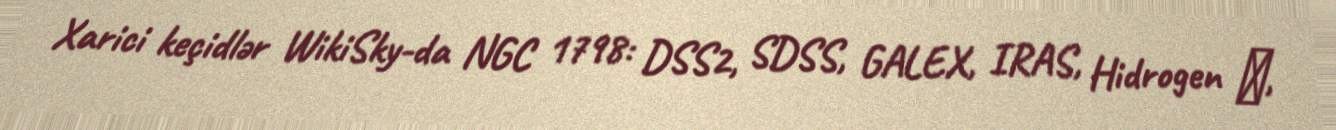
Xarici keçidlər WikiSky-da NGC 1798: DSS2, SDSS, GALEX, IRAS, Hidrogen α,